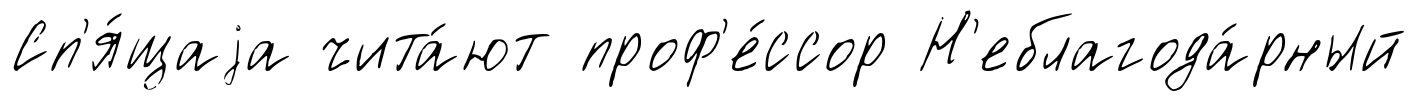
Сп'я́щаjа чита́ют проф'е́ссор Н'еблагода́рный